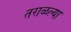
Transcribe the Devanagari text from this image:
तराळल्या